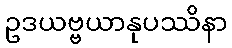
ဥဒယဗ္ဗယာနုပဿိနာ